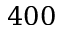
4 0 0